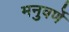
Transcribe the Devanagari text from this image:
मनुवर्णे